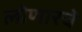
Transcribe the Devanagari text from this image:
लोणारचे